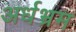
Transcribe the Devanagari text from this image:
अर्धभ्रम